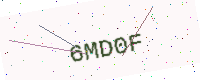
Text: 6MD0F